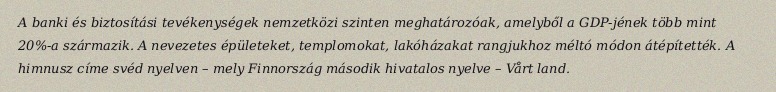
A banki és biztosítási tevékenységek nemzetközi szinten meghatározóak, amelyből a GDP-jének több mint 20%-a származik. A nevezetes épületeket, templomokat, lakóházakat rangjukhoz méltó módon átépítették. A himnusz címe svéd nyelven – mely Finnország második hivatalos nyelve – Vårt land.